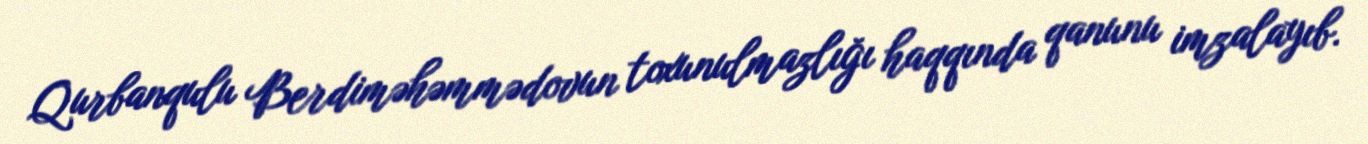
Qurbanqulu Berdiməhəmmədovun toxunulmazlığı haqqında qanunu imzalayıb.